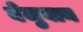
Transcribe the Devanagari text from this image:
वेजुबान